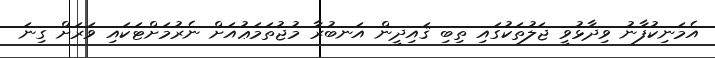
އެމަނިކުފާނު ވިދާޅުވީ ޖަލުތަކުގައި ތިބި ޤައިދީން އަނބުރާ މުޖުތަމަޢުއަށް ނެރުމަށްޓަކައި ވަރަށް ގިނަ